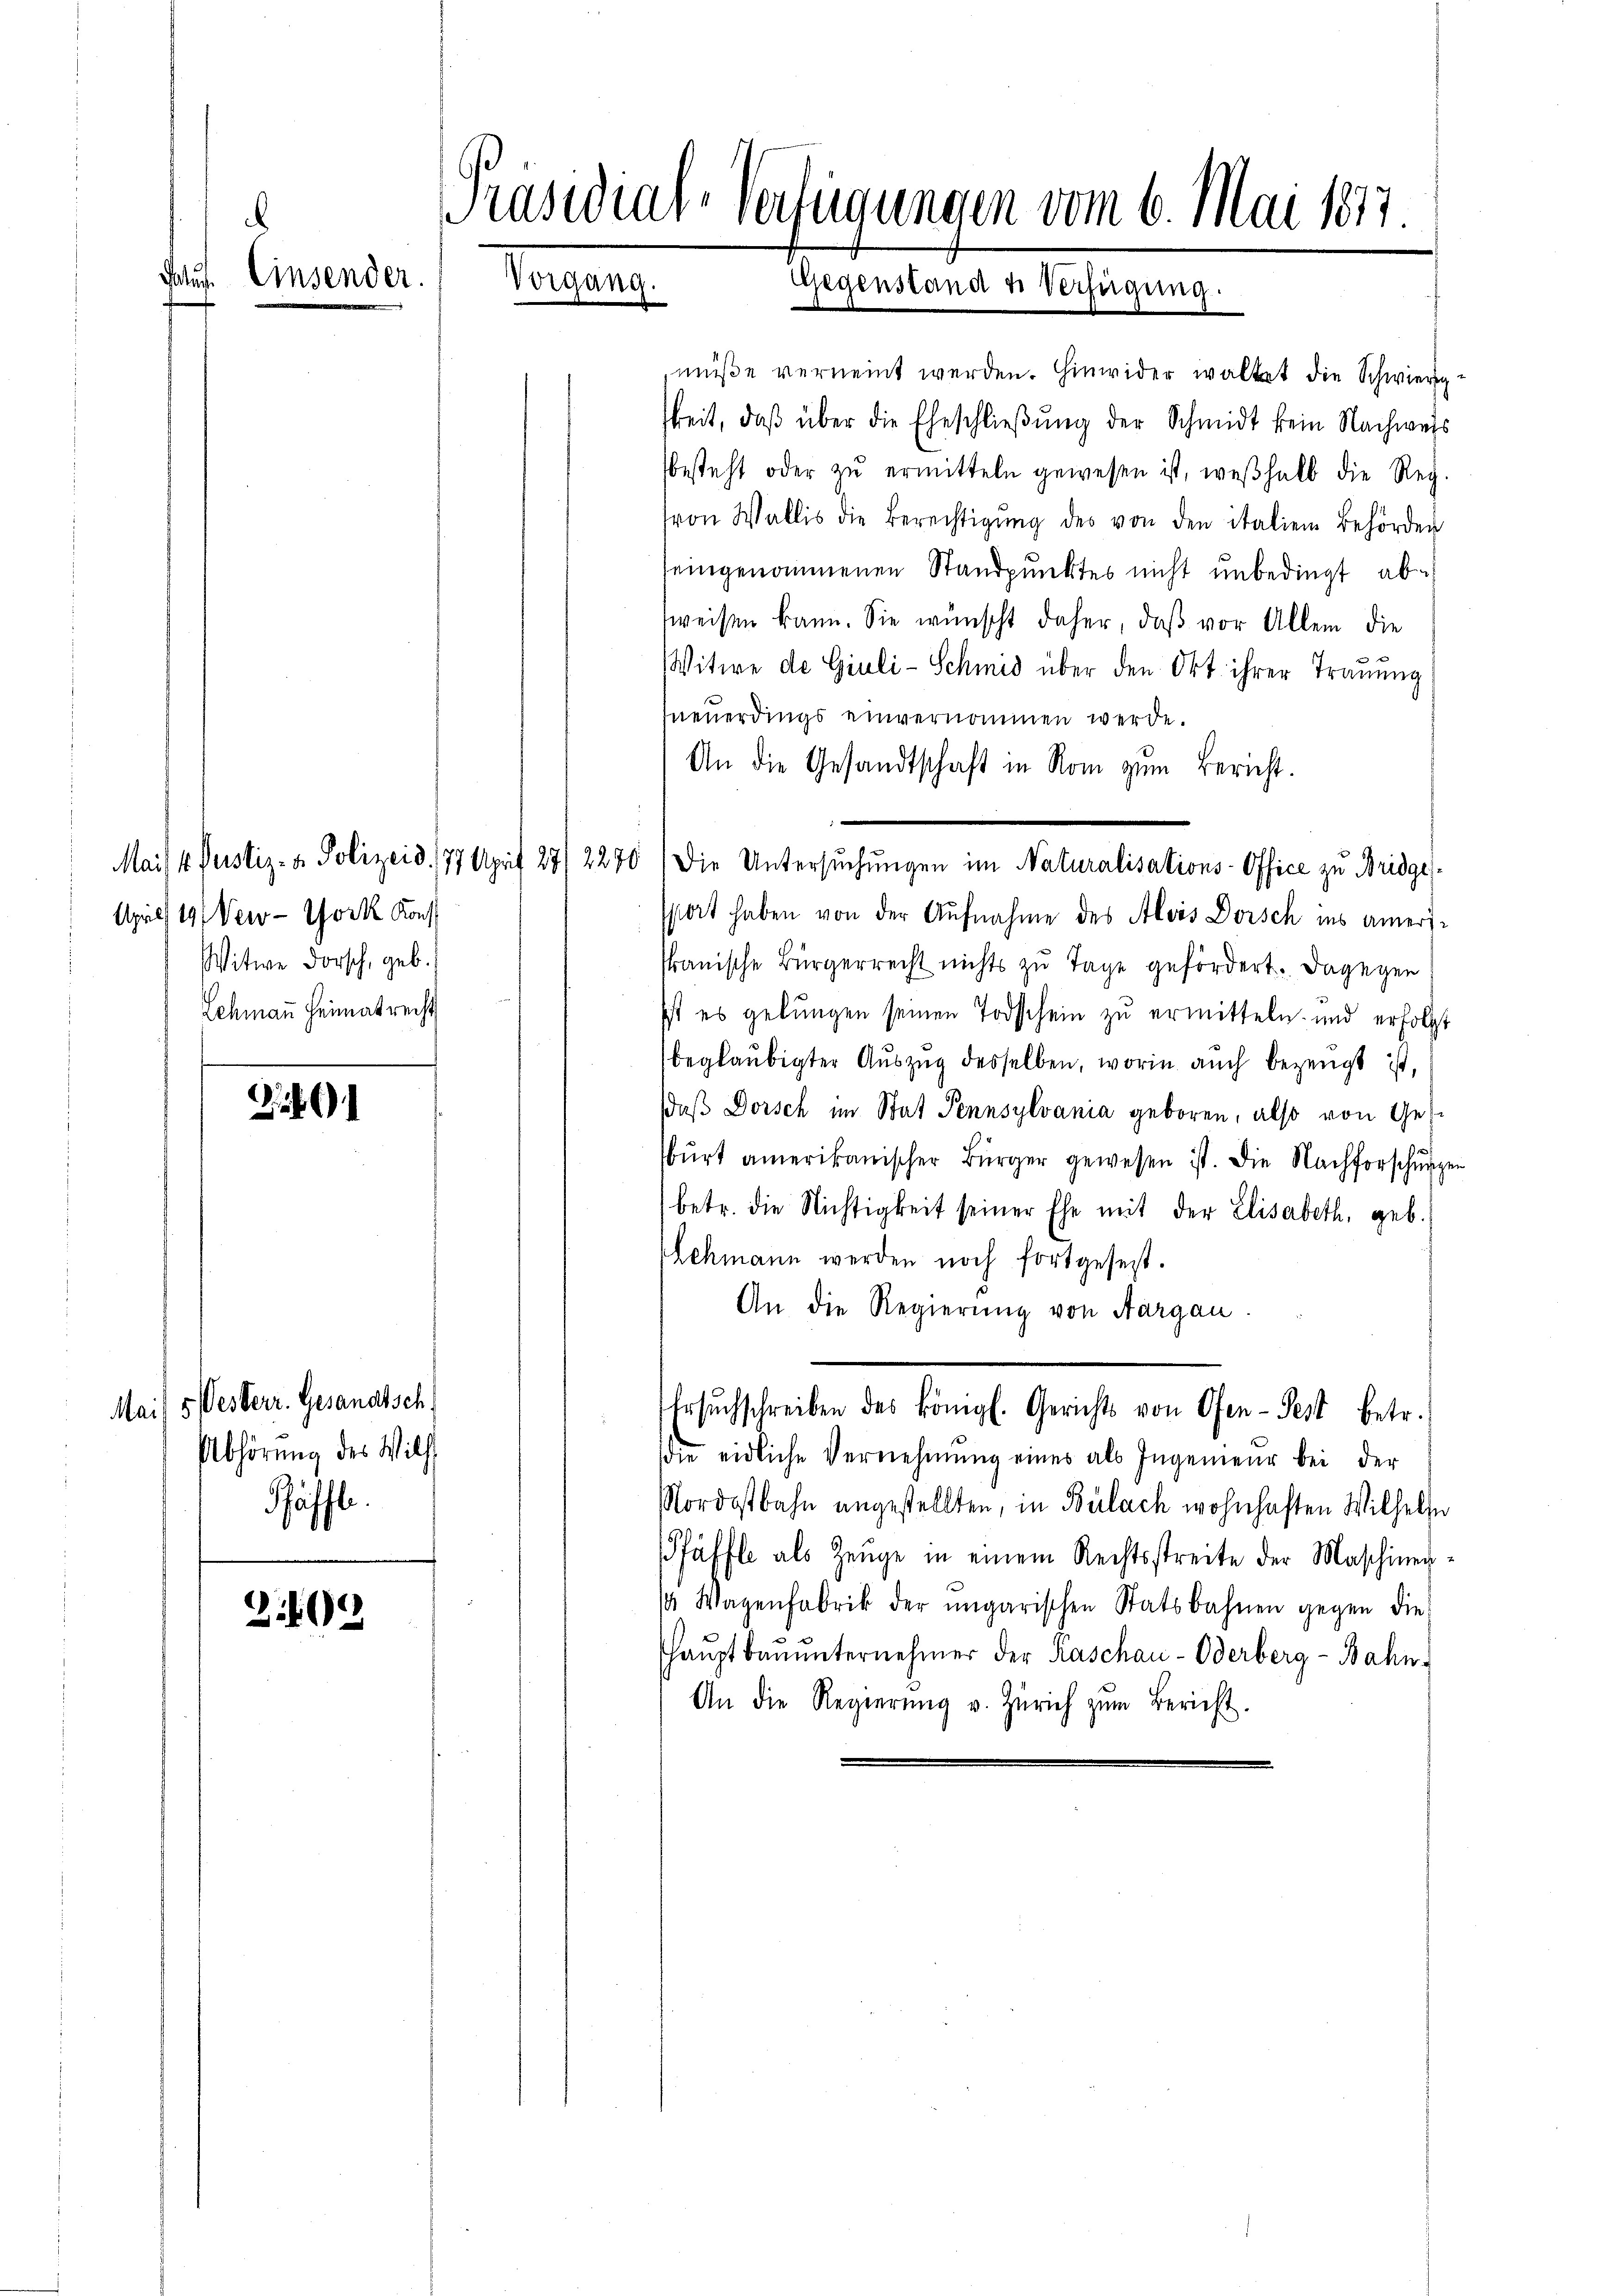
de

.
. Einsender.

Mai) 5 desterr. Gesandtsch
Abhörung des Wilh
häffl.

209

Präsidial-Verfügungen vom 6. Mai 1877
Vorgang. Gegenstand von Verfügung.

April 191 New-York Konf
Witwe Forsch, geb.
Schmann Heimat recht

müße verneint werden. Hinwider waltet die Schwierig
keit, daß über die Eheschließung der Schmidt kein Nachweis
besteht oder zŭ ermitteln gewesen ist, weshalb die Reg.
von Wallis die Berechtigŭng des von den italien Behörden
seingenommenen Standpunktes nicht unbedingt absweisen kann. Sie wünscht daher, daß vor Allem die
Witwe de Giuli-Schmid über den Okt ihrer Trauung
neuerdings einvernommen werde.
An die Gesandtschaft in Rom zum Bericht.
Mais 4. Justiz- & Polizeid, 177 April 27/2270 (Die Untersŭchŭngen im Naturalisations-Office zu Bridgessiert haben von der Aufnahme des Alois Dorsch ins ameristanische Bürgerrecht nichts zu Tage gefördert. Dagegen
Ist es gelungen seinen Todschein zu ermitteln und erfolgt
beglaubigter Auszug desselben, worin auch bezeugt ist,
daß Dorsch im Stat Pennsylvania geboren, also von Ges
bŭrt amerikanischer Bürger gewesen ist. Die Nachforschŭng
betr. die Nichtigkeit seiner Ehe mit der Elisabeth, geb.
lchmann werden noch fortgesezt.
An die Regierung von Aargau.
Ersŭchschreiben des königl. Gerichts von Ofen-Pest betr.
die eidliche Vernehmung eines als Ingenieŭr bei der
Nordostbahn angestellten, in Bülach wohnhaften Wilhelse
Pfäffle als Zeuge in einem Rechtsstreite der Maschinen¬
 Wagenfabrik der ungarischen Statsbahnen gegen die
haŭptbaŭŭnternehmer der Kaschau-Oderberg-Bahn-
An die Regierŭng v. Zürich zŭm Bericht.